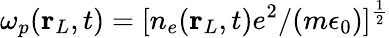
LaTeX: \omega_{p}(\mathbf{r}_{L},t)=[n_{e}(\mathbf{r}_{L},t)e^{2}/(m\epsilon_{0})]^{\frac{1}{2}}